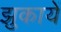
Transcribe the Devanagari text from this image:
झुकायें